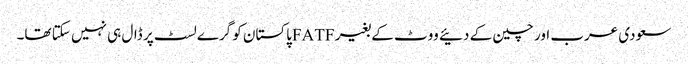
سعودی عرب اور چین کے دئیے ووٹ کے بغیر FATFپاکستان کو گرے لسٹ پر ڈال ہی نہیں سکتا تھا۔